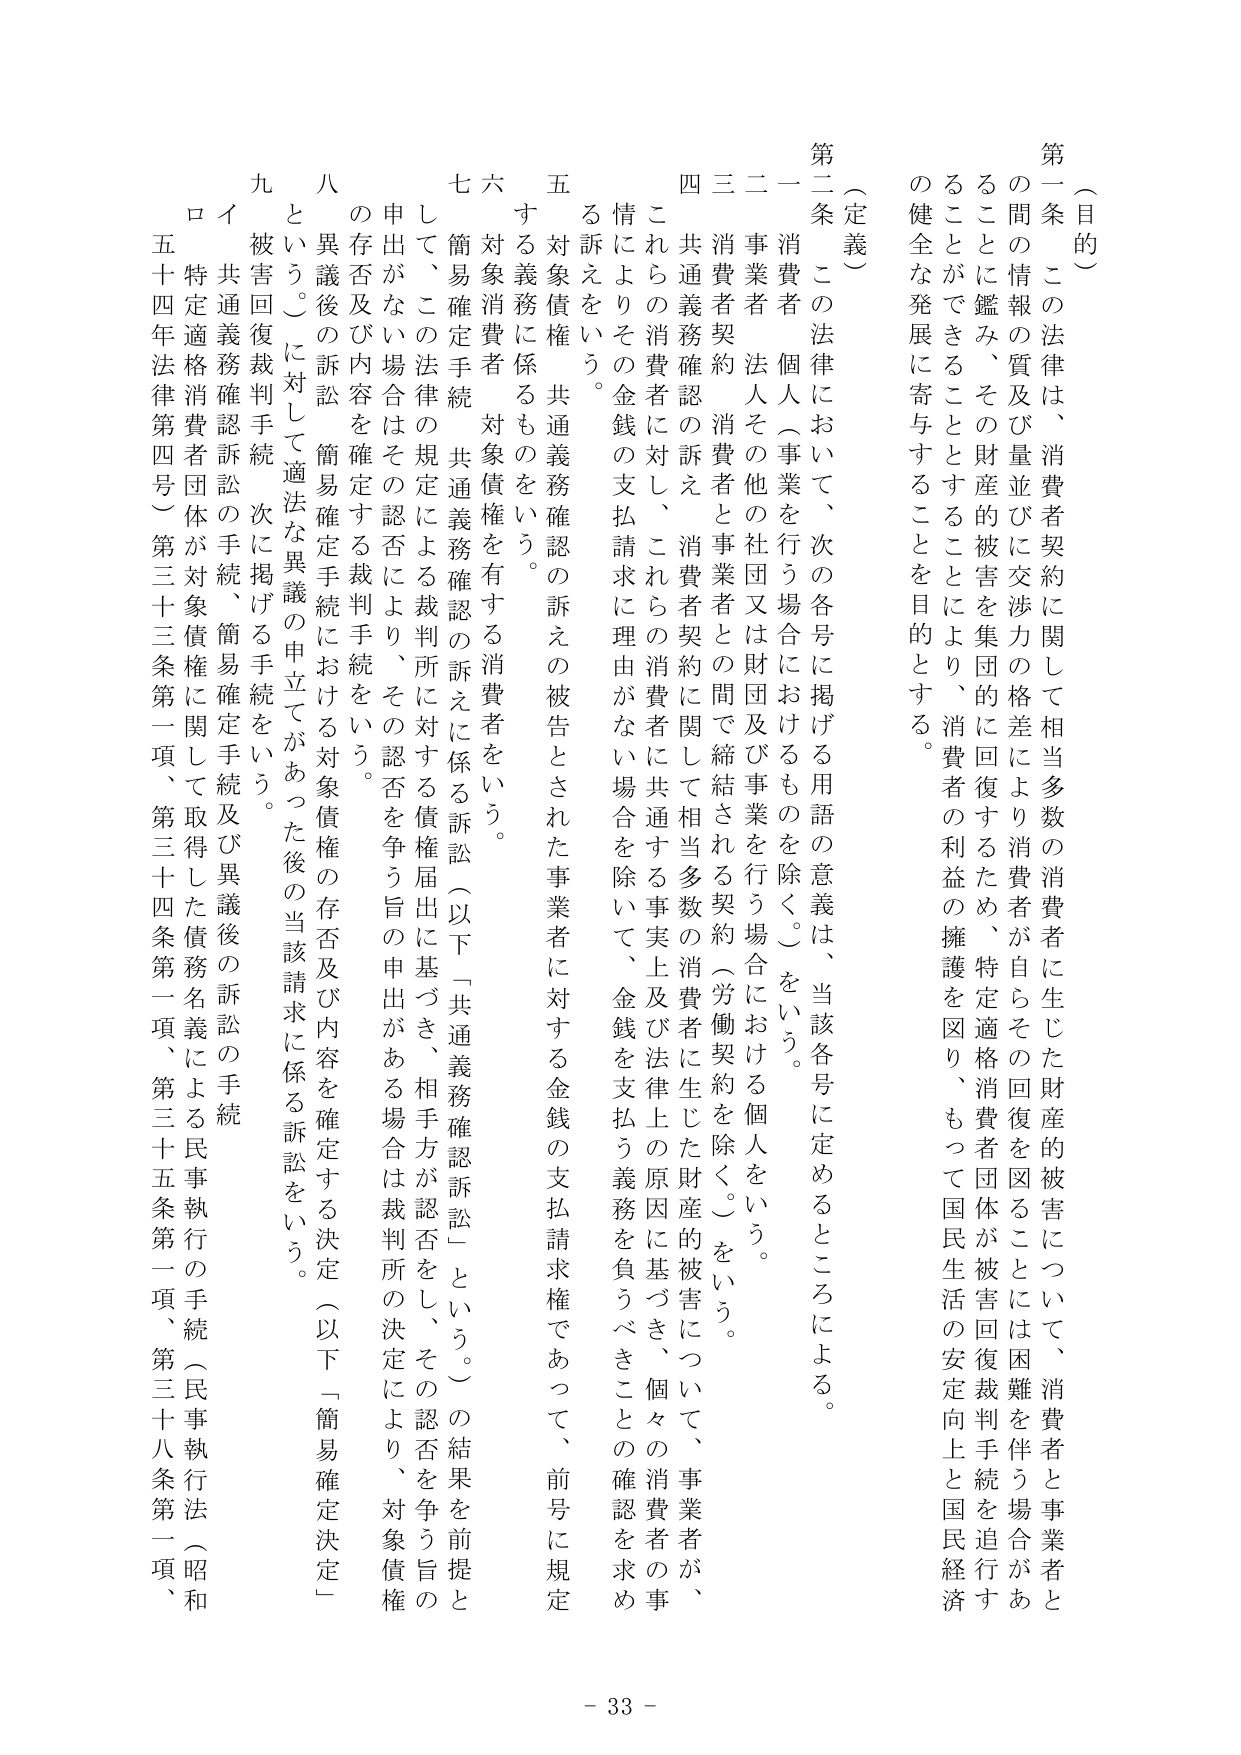
（目的）

第一条　この法律は、消費者契約に関して相当多数の消費者に生じた財産的被害について、消費者と事業者との間の情報の質及び量並びに交渉力の格差により消費者が自らその回復を図ることは困難を伴う場合があることに鑑み、その財産的被害を集団的に回復するため、特定適格消費者団体が被害回復裁判手続を追行することをできることとすることにより、消費者の利益の擁護を図り、もって国民生活の安定向上と国民経済の健全な発展に寄与することを目的とする。

（定義）

第二条　この法律において、次の各号に掲げる用語の意義は、当該各号に定めるところによる。

一　消費者　個人（事業を行う場合におけるものを除く。）をいう。

二　事業者　法人その他の社団又は財団及び事業を行う場合における個人をいう。

三　消費者契約　消費者と事業者との間で締結される契約（労働契約を除く。）をいう。

四　共通義務確認の訴え　消費者契約に関して相当多数の消費者に生じた財産的被害について、事業者が、これらの消費者に対し、これらの消費者契約に関して共通する事実上及び法律上の原因に基づき、個々の消費者の事情によりその金銭の支払請求に理由がない場合を除いて、金銭を支払う義務を負うべきことの確認を求め る訴えをいう。

五　対象債権　共通義務確認の訴えの被告とされた事業者に対する金銭の支払請求権であって、前号に規定する義務に係るものをいう。

六　対象消費者　対象債権を有する消費者をいう。

七　簡易確定手続　共通義務確認の訴えに係る訴訟（以下「共通義務確認訴訟」という。）の結果を前提として、この法律の規定による裁判所に対する債権届出に基づき、相手方が認否をし、その認否を争う旨の申出がある場合は裁判所の決定により、対象債権の存否及び内容を確定する裁判手続をいう。

八　異議後の訴訟　簡易確定手続における対象債権の存否及び内容を確定する決定（以下「簡易確定決定」という。）に対して、適法な異議の申立てがあった後の当該請求に係る訴訟をいう。

九　被害回復裁判手続　次に掲げる手続をいう。

イ　共通義務確認訴訟の手続、簡易確定手続及び異議後の訴訟の手続

ロ　特定適格消費者団体が対象債権に関して取得した債務名義による民事執行の手続（民事執行法（昭和五十四年法律第四号）第三十三条第一項、第三十四条第一項、第三十五条第一項、第三十八条第一項、